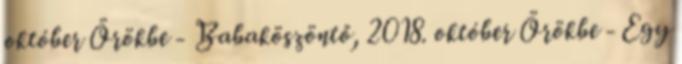
október Örökbe - Babaköszöntő, 2018. október Örökbe - Egy